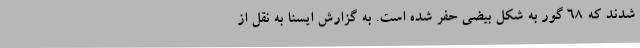
شدند که ۶۸ گور به شکل بیضی حفر شده است. به گزارش ایسنا به نقل از